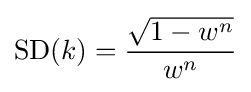
\operatorname {SD} (k)={\frac {\sqrt {1-w^{n}}}{w^{n}}}